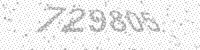
Solution: 729805